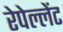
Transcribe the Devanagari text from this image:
रेपेल्लेंट